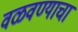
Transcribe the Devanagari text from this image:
वळवण्याचा